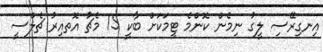
އިނގިރޭސި ލީގު ނިމެން ކޮންމެ ޓީމަކަށް ބާކީ 15 މެޗު އޮތއިރު ޗެލްސީ